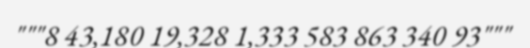
"""8 43,180 19,328 1,333 583 863 340 93"""